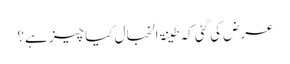
عرض کی گئی کہ طینۃ الخبال کیا چیز ہے؟